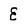
Character: E